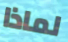
لماذا